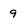
Character: 9